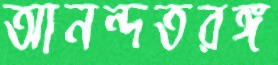
আনন্দতরঙ্গ